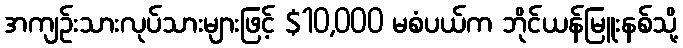
အကျဉ်းသားလုပ်သားများဖြင့် $10,000 မစံပယ်က ဘိုင်ယန်မြူးနစ်သို့